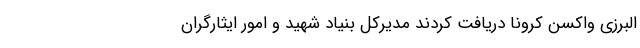
البرزی واکسن کرونا دریافت کردند مدیرکل بنیاد شهید و امور ایثارگران